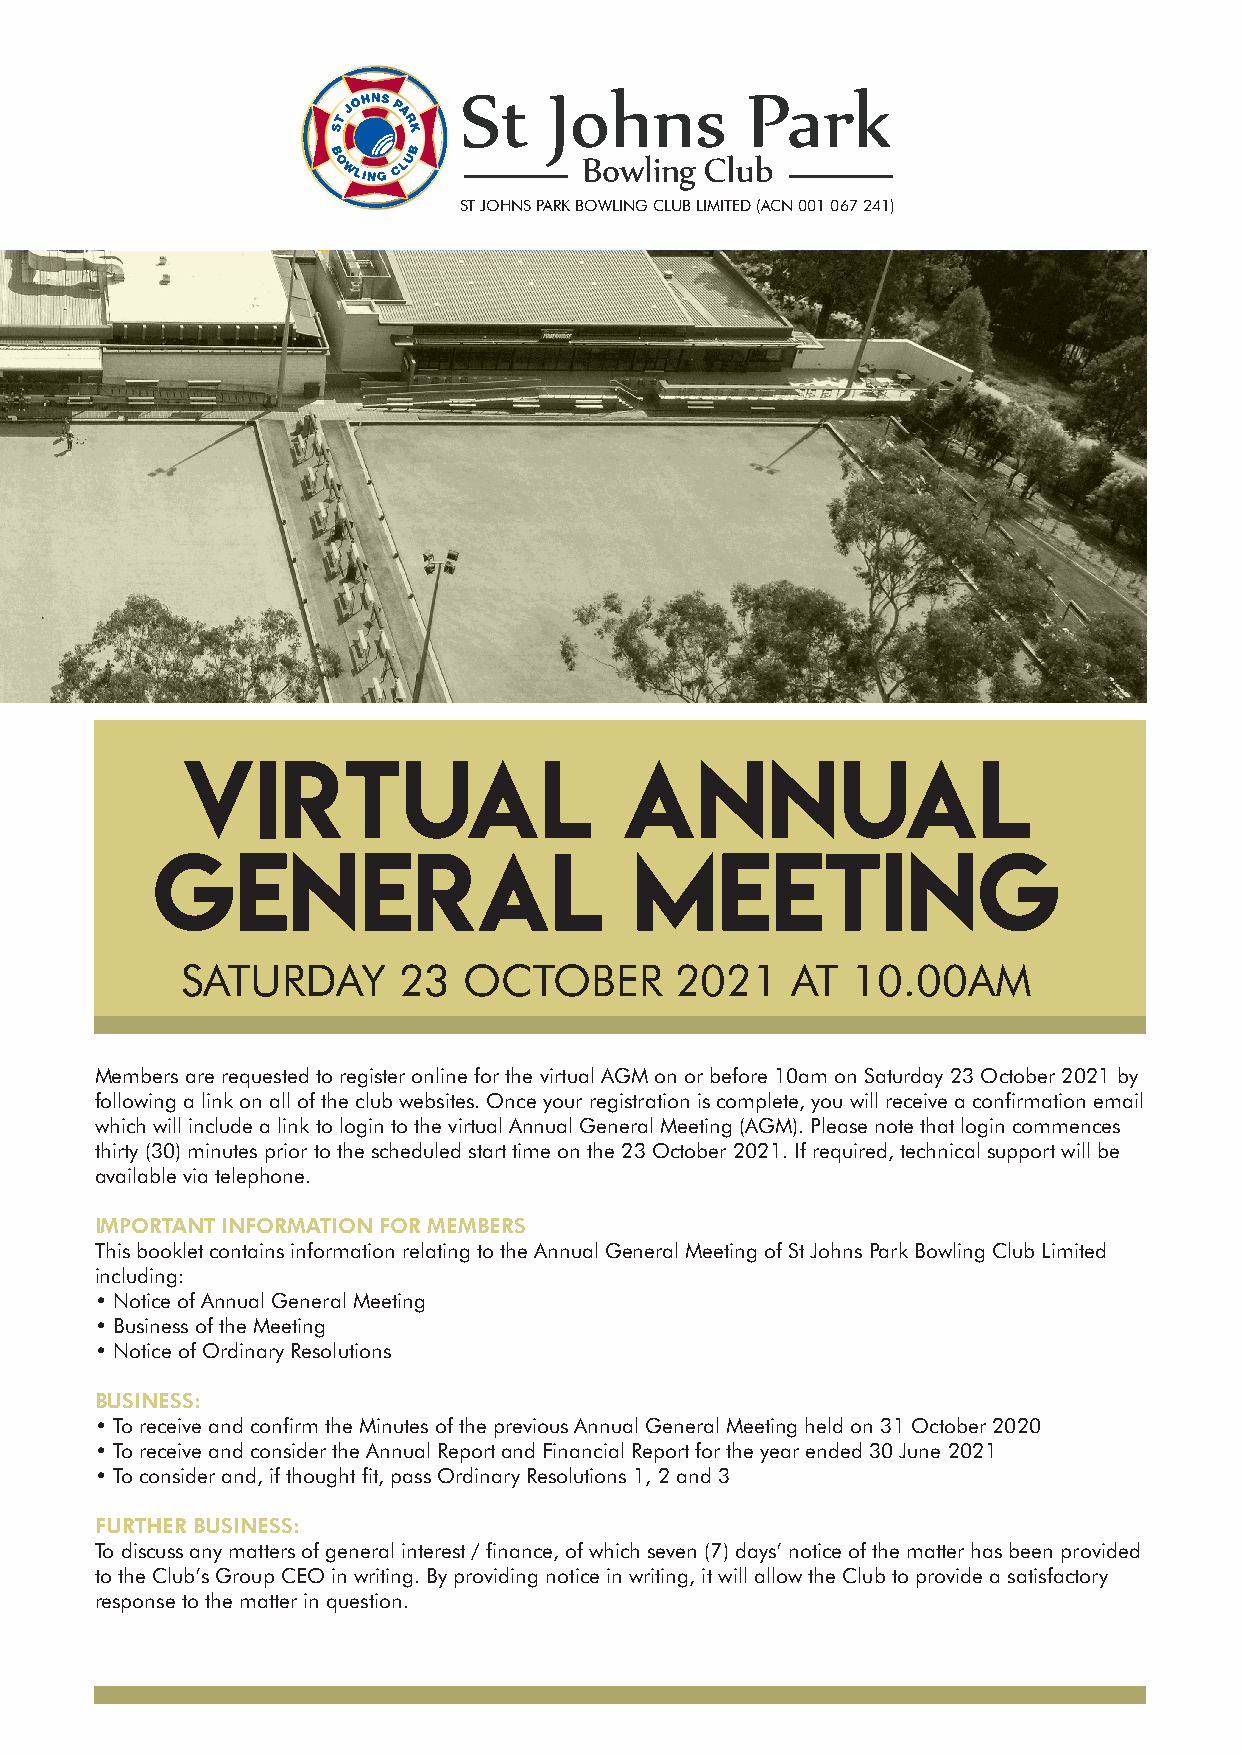
ST JOHNS PARK BOWLING CLUB LIMITED (ACN 001 067 241)
 VIRTUAL                      ANNUAL
 GENERAL                         MEETING
 SATURDAY      23   OCTOBER       2021   AT  10.00AM
 Members are requested to register online for the virtual AGM on or before 10am on Saturday 23 October 2021 by
 following a link on all of the club websites. Once your registration is complete, you will receive a confirmation email
 which will include a link to login to the virtual Annual General Meeting (AGM). Please note that login commences
 thirty (30) minutes prior to the scheduled start time on the 23 October 2021. If required, technical support will be
 available via telephone.
 IMPORTANT INFORMATION FOR MEMBERS
 This booklet contains information relating to the Annual General Meeting of St Johns Park Bowling Club Limited
 including:
 • Notice of Annual General Meeting
 • Business of the Meeting
 • Notice of Ordinary Resolutions
 BUSINESS:
 • To receive and confirm the Minutes of the previous Annual General Meeting held on 31 October 2020
 • To receive and consider the Annual Report and Financial Report for the year ended 30 June 2021
 • To consider and, if thought fit, pass Ordinary Resolutions 1, 2 and 3
 FURTHER BUSINESS:
 To discuss any matters of general interest / finance, of which seven (7) days’ notice of the matter has been provided
 to the Club’s Group CEO in writing. By providing notice in writing, it will allow the Club to provide a satisfactory
 response to the matter in question.